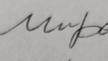
Signature authenticity: forged